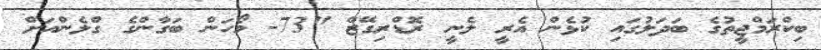
ބިކްރަމްޖީތުގެ ބަދަލުގައި ކުޅެން އެރީ ލެނީ ރޮޑްރިގޭޒް "73- މޯހަން ބަގާންގެ ގްލެންއަށް